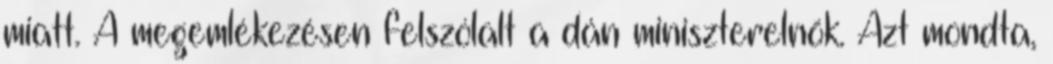
miatt. A megemlékezésen felszólalt a dán miniszterelnök. Azt mondta,